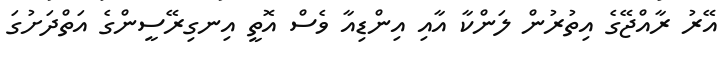
އޭރު ރާއްޖޭގެ އިތުރުން ލަންކާ އާއި އިންޑިއާ ވެސް އޮތީ އިނގިރޭސީންގެ އަތްދަށުގަ